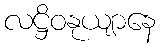
လဋ္ဌိဝနုယျာနေ